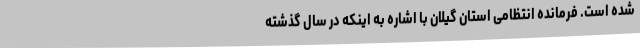
شده است. فرمانده انتظامی استان گیلان با اشاره به اینکه در سال گذشته